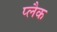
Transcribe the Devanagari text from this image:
प्लैक